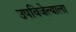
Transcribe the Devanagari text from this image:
उपविजेत्याला